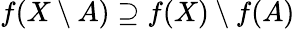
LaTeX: f(X\setminus A)\supseteq f(X)\setminus f(A)